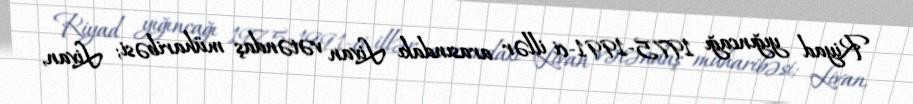
Riyad yığıncağı 1975-1991-ci illər arasındakı Livan vətəndaş müharibəsi; Livan,